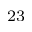
^ { 2 3 }